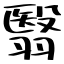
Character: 翳